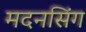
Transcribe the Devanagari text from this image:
मदनसिंग